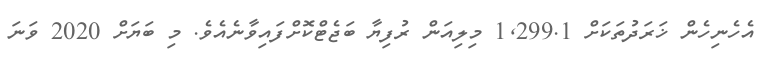
އެހެނިހެން ޚަރަދުތަކަށް 1